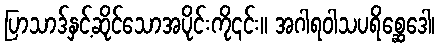
ပြာသာဒ်နှင့်ဆိုင်သောအပိုင်းကို၎င်း။ အဂါရဝါသပရိစ္ဆေဒေါ၊